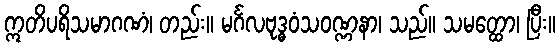
ဣတိပရိသမာဂဏံ၊ တည်း။ မင်္ဂလဗုဒ္ဓဝံသဝဏ္ဏနာ၊ သည်။ သမတ္ထော၊ ပြီး။